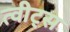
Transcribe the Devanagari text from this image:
त्वीट्स